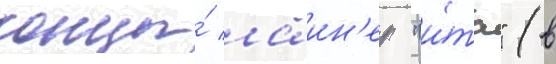
концы́ лаин'ер "и́та" (в